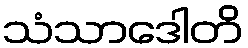
သံသာဒေါတိ